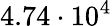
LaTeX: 4.74\cdot 10^{4}